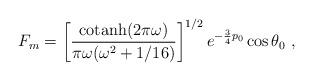
LaTeX: \begin{align*}F_m = \left[ {{\rm cotanh} (2\pi\omega)\over \pi\omega (\omega^2+1/16)} \right]^{1/2} e^{-{3\over 4} p_0} \cos \theta_0 \ , \end{align*}